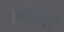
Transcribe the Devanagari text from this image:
पूर्वभवों